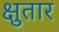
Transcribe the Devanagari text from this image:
क्षुतार